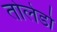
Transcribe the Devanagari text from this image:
तोलेडो